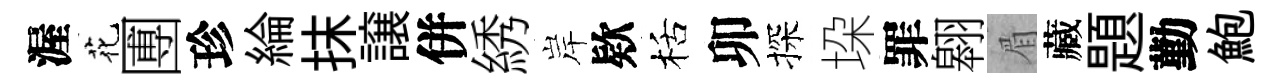
渥花圑珍綸抹譲併綉岸欵栝卯探垜罪翱眉藏題勤鮑